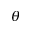
\theta